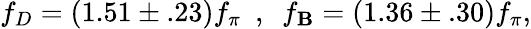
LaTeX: f_{D}=(1.51\pm.23)f_{\pi}\ \ ,\ \ f_{\mathbf{B}}=(1.36\pm.30)f_{\pi},